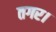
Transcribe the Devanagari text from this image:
तगर।